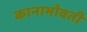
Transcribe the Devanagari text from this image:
कानाभोवती